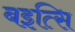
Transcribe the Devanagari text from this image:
बइत्सि